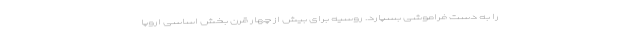
را به دست فراموشی بسپارد. روسیه برای بیش از چهار قرن بخش اساسی اروپا